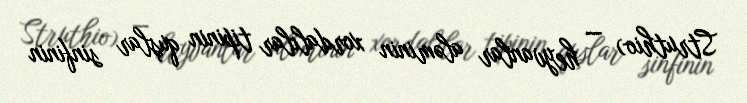
Struthio) — heyvanlar aləminin xordalılar tipinin quşlar sinfinin